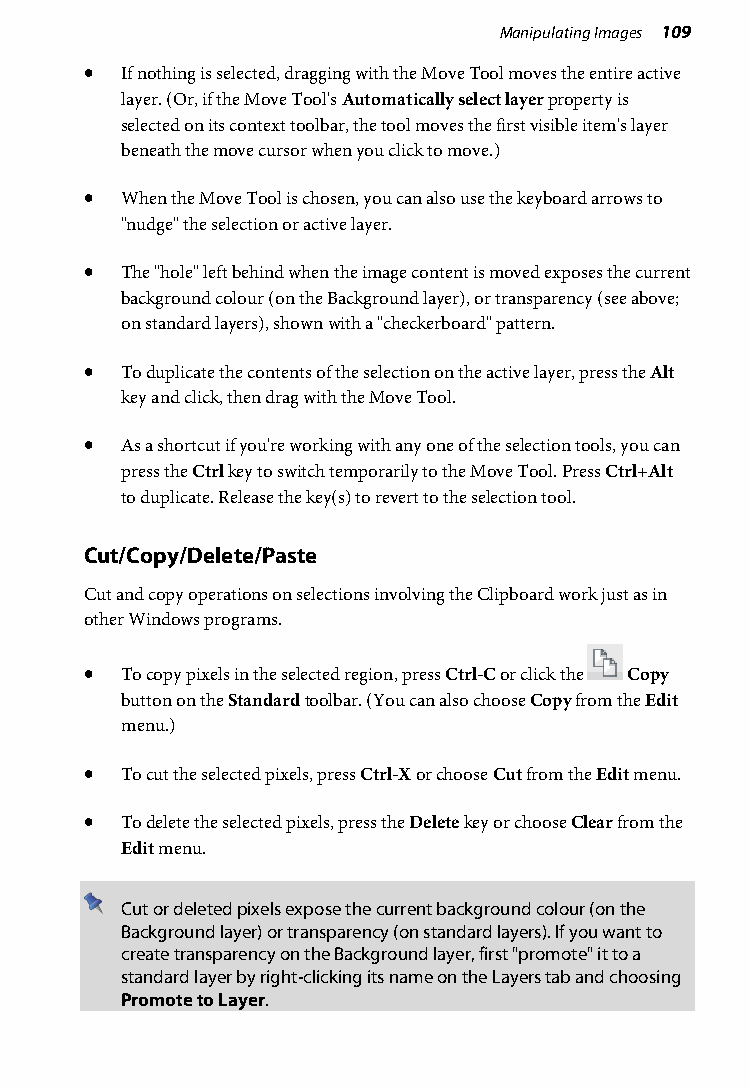
Manipulating Images 109
 • If nothing is selected, dragging with the Move Tool moves the entire active
 layer. (Or, if the Move Tool's Automatically select layer property is
 selected on its context toolbar, the tool moves the first visible item's layer
 beneath the move cursor when you click to move.)
 • When the Move Tool is chosen, you can also use the keyboard arrows to
 "nudge" the selection or active layer.
 • The "hole" left behind when the image content is moved exposes the current
 background colour (on the Background layer), or transparency (see above;
 on standard layers), shown with a "checkerboard" pattern.
 • To duplicate the contents of the selection on the active layer, press the Alt
 key and click, then drag with the Move Tool.
 • As a shortcut if you're working with any one of the selection tools, you can
 press the Ctrl key to switch temporarily to the Move Tool. Press Ctrl+Alt
 to duplicate. Release the key(s) to revert to the selection tool.
 Cut/Copy/Delete/Paste
 Cut and copy operations on selections involving the Clipboard work just as in
 other Windows programs.
 • To copy pixels in the selected region, press Ctrl-C or click the Copy
 button on the Standard toolbar. (You can also choose Copy from the Edit
 menu.)
 • To cut the selected pixels, press Ctrl-X or choose Cut from the Edit menu.
 • To delete the selected pixels, press the Delete key or choose Clear from the
 Edit menu.
 Cut or deleted pixels expose the current background colour (on the
 Background layer) or transparency (on standard layers). If you want to
 create transparency on the Background layer, first "promote" it to a
 standard layer by right-clicking its name on the Layers tab and choosing
 Promote to Layer.